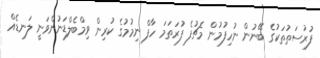
ފުރުސަތުތަކުގެ ބޭނުން ނުހިފުމުން މެޗުފެ ފުރަތަމަ ހާފް ނިމުމުގެ ކުރިން ވިމްބެލްޑަނުންވަނީ ލަނޑެއް